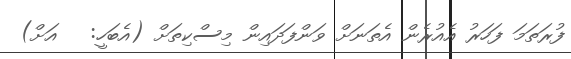
ފުރަތަމަ ފަހަރު އެއުރެން އެތަނަށް ވަންފަދައިން މިސްކިތަށް (އެބަހީ:   އަށް)